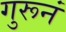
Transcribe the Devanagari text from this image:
गुरूनं